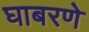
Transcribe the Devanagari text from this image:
घाबरणे